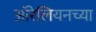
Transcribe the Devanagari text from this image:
ऑरेलियनच्या